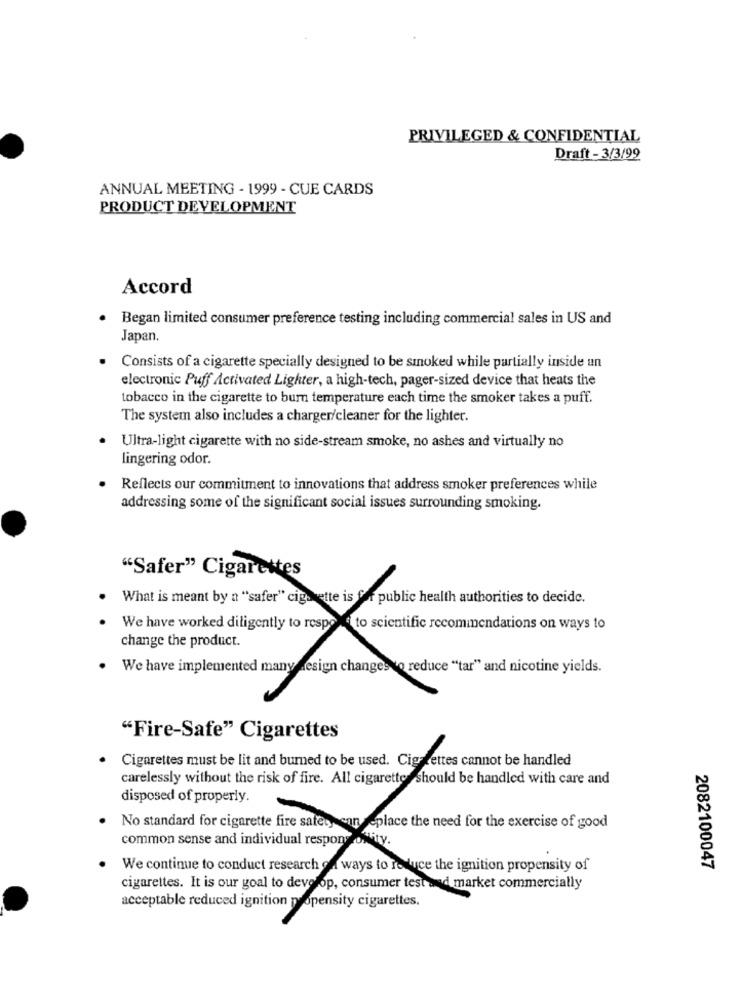
PRIVILEGED & CONFIDENTIAL
Draft - 3/3/99
ANNUAL MEETING - 1999 - CUE CARDS
PRODUCT DEVELOPMENT
Accord
Began limited consumer preference testing including commercial sales in US and
Japan.
Consists of a cigarette specially designed to be smoked while partially inside un
electronic Puff Activated Lighter, a high-tech, pager-sized device that heats the
tobacco in the cigarette to burn temperature each time the smoker takes a puff.
The system also includes a charger/cleaner for the lighter.
Ultra-light cigarette with no side-stream smoke, no ashes and virtually no
lingering odor.
Reflects our commitment to innovations that address smoker preferences while
addressing some of the significant social issues surrounding smoking.
"Safer" Cigarettes
What is meant by a "safer" cigs ette is fff public health authorities to decide.
We have worked diligently to respond to scientific recommendations on ways to
change the product.
. We have implemented many design changes to reduce "tar" and nicotine yields.
"Fire-Safe" Cigarettes
Cigarettes must be lit and burned to be used. Cigarettes cannot be handled
carelessly without the risk of fire. All cigarettesshould be handled with care and
disposed of properly.
.
No standard for cigarette fire safety can replace the need for the exercise of good
common sense and individual respons ofity.
We continue to conduct research of ways to re luce the ignition propensity of
2082100047
cigarettes. It is our goal to develop, consumer test and market commercially
acceptable reduced ignition propensity cigarettes.